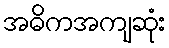
အဓိကအကျဆုံး